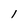
Character: l